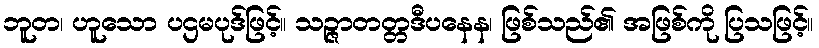
ဘူတ၊ ဟူသော ပဌမပုဒ်ဖြင့်။ သဉ္ဇာတတ္တဒီပနေန၊ ဖြစ်သည်၏ အဖြစ်ကို ပြသဖြင့်။